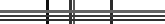
٨٦